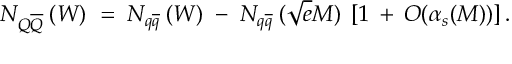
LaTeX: N _ { Q \overline { { { Q } } } } \: ( W ) \; = \; N _ { q \overline { { { q } } } } \: ( W ) \; - \; N _ { q \overline { { { q } } } } \: ( \sqrt { e } M ) \; \left[ 1 \: + \: { \cal O } ( \alpha _ { s } ( M ) ) \right] .